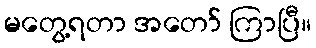
မတွေ့ရတာ အတော် ကြာပြီ။